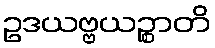
ဥဒယဗ္ဗယဉ္စာတိ